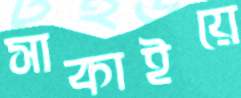
সাকাইয়ে